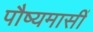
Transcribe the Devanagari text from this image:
पौष्यमासीं